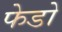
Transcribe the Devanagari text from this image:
फेडो